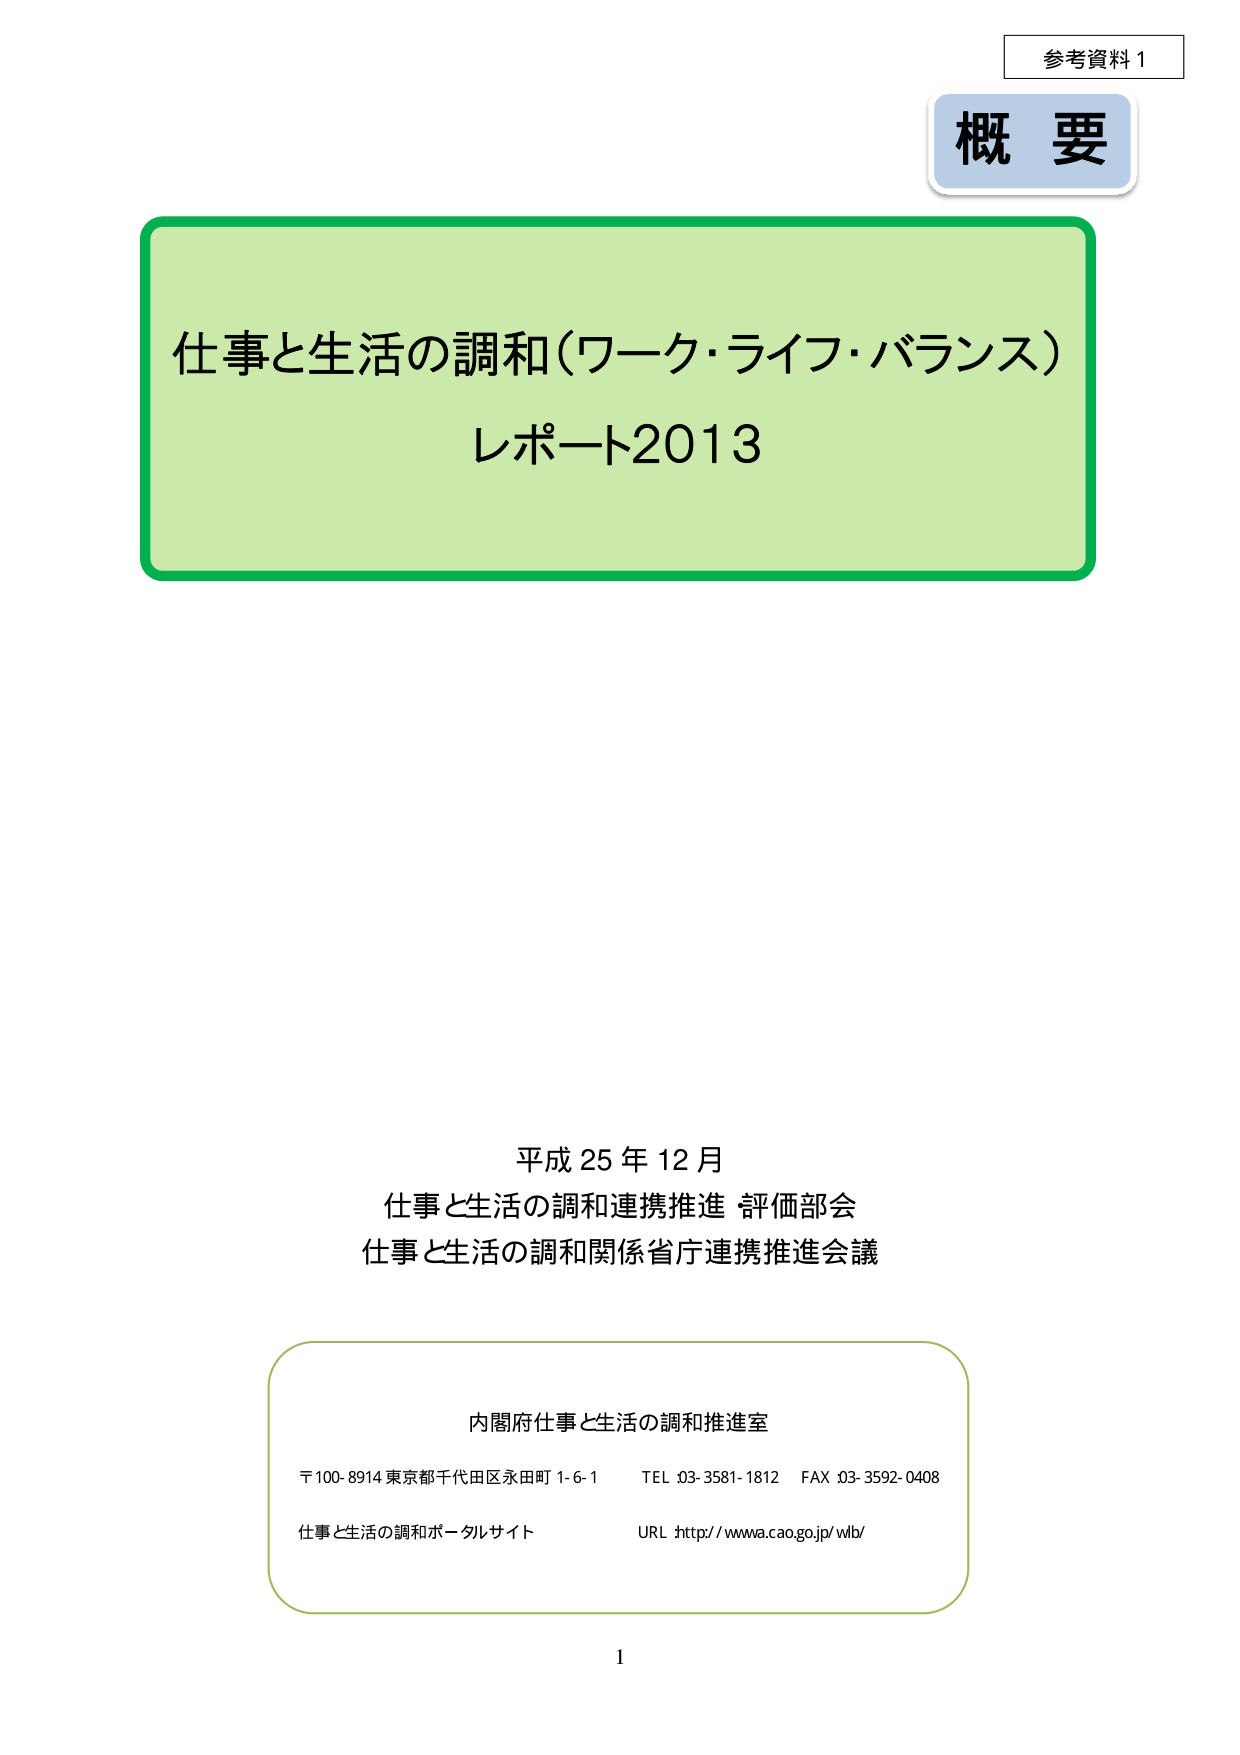
参考資料１
概要
仕事と生活の調和（ワーク・ライフ・バランス）
レポート2013
平成25年12月
仕事と生活の調和連携推進 評価部会
仕事と生活の調和関係省庁連携推進会議
内閣府仕事と生活の調和推進室
〒100-8914 東京都千代田区永田町1-6-1　TEL 03-3581-1812　FAX 03-3592-0408
仕事と生活の調和ポータルサイト　URL http://www.cao.go.jp/wlb/
1